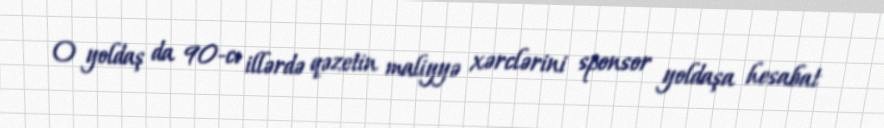
O yoldaş da 90-cı illərdə qəzetin maliyyə xərclərini sponsor yoldaşa hesabat